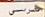
حربى